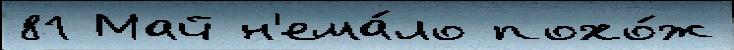
81 Май н'ема́ло похо́ж